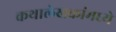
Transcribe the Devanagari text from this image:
कथालेखकांमध्ये